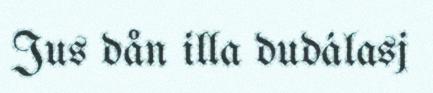
Jus dån illa dudálasj